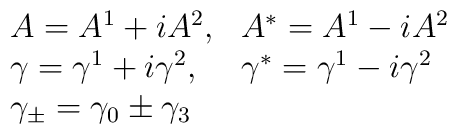
\begin{array}{ll}    A = A^1 + iA^2, &  A^* = A^1 - i A^2  \\        \gamma = \gamma^1 + i\gamma^2, & \gamma^* =        \gamma^1 - i \gamma^2 \\        \gamma_\pm = \gamma_0 \pm \gamma_3 & \end{array}